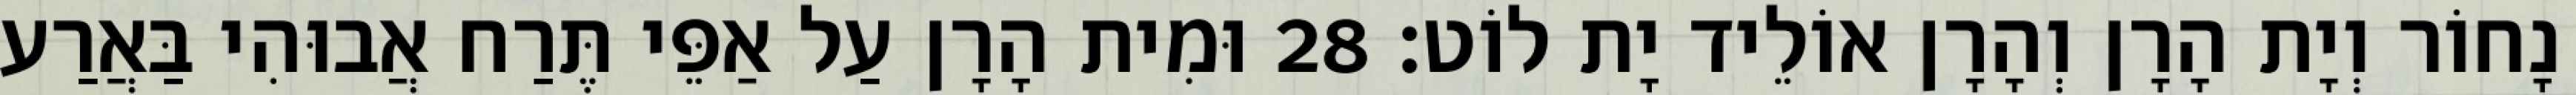
נָחוֹר וְיָת הָרָן וְהָרָן אוֹלֵיד יָת לוֹט׃ 28 וּמִית הָרָן עַל אַפֵּי תֶּרַח אֲבוּהִי בַּאֲרַע